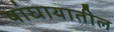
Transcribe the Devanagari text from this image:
षांघायातील